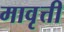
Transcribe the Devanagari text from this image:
मावृत्ती